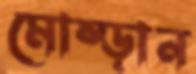
মোষ্‌ড়ান